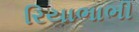
રિયાભાભી